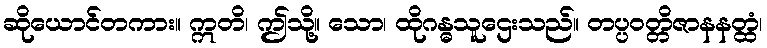
ဆိုယောင်တကား။ ဣတိ၊ ဤသို့။ သော၊ ထိုဂန္ဓသူဌေးသည်။ တပ္ပဝတ္တိဇာနနတ္ထံ၊